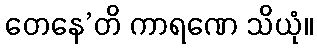
တေနေ’တိ ကာရဏေ သိယုံ။